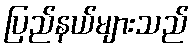
ပြည်နယ်များသည်